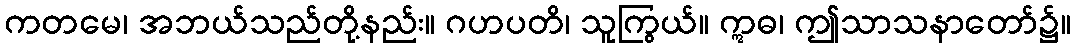
ကတမေ၊ အဘယ်သည်တို့နည်း။ ဂဟပတိ၊ သူကြွယ်။ ဣဓ၊ ဤသာသနာတော်၌။